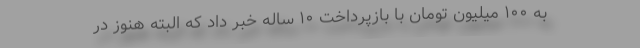
به ۱۰۰ میلیون تومان با بازپرداخت ۱۰ ساله خبر داد که البته هنوز در